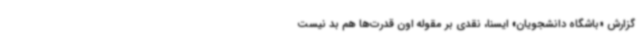
گزارش «باشگاه دانشجویان» ایسنا، نقدی بر مقوله اون قدرت‌ها هم بد نیست